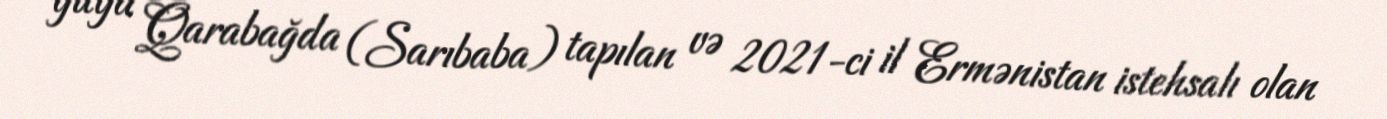
guya Qarabağda (Sarıbaba) tapılan və 2021-ci il Ermənistan istehsalı olan